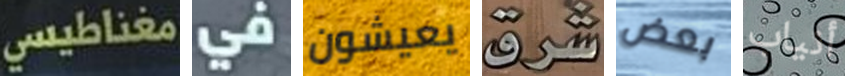
مغناطيسي في يعيشون شرق بعض أنياب